Annual report on the working of the lock hospitals in the Central Provinces
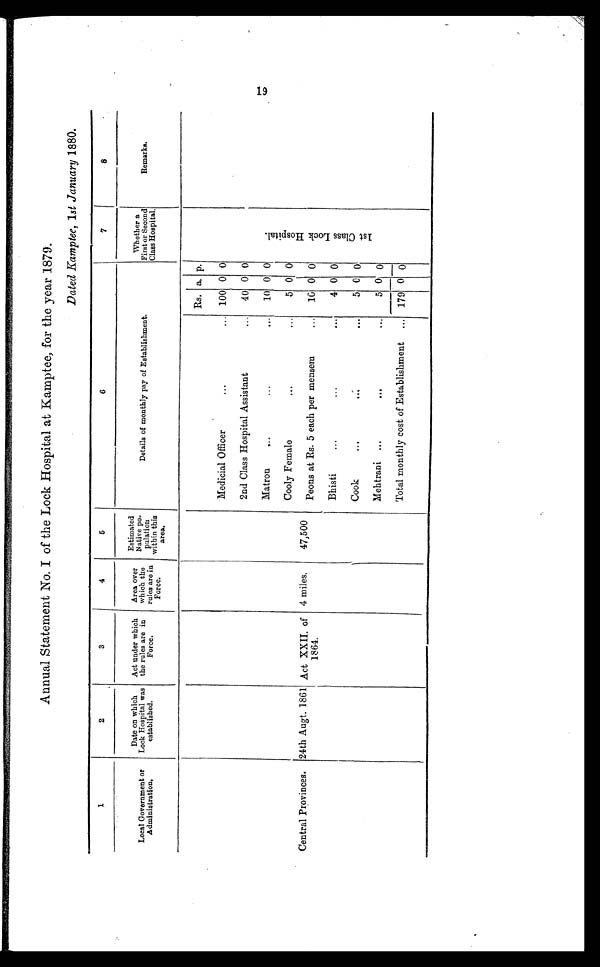
Annual Statement No. I of the Lock Hospital at Kamptee, for the year 1879.
Dated Kamptee, 1st January 1880.
1
2
3
4
5
6
7
8
Local Government or
A dministration,
Date on which
Lock Hospital was
established.
Act under which
the rules are in
Force.
Area over
which the
rules are in
Force.
Estimated
Na Native po-
pulation
within this
area.
Details of monthly pay of Establishment.
Whether a
First or Second
Class Hospital.
Remarks.
Rs. a. p.
Medicial Officer
• • •
. • •
100 0 0
2nd Class Hospital Assistant
...
40 0 0
...
Matron
...
...
10 0 0
1 s t C l a s s L o c k H o s p i t a l .
Cooly Female
...
.
•
•
5 0 0
Central Provinces. 24th Augt. 1861 Act XXII, of
1864.
4 miles.
47,500
Peons at Rs. 5 each per mensem
...
10 0 0
Bhisti
...
... ••
...
4 0 0
Cook
...
...
...
5 0 0
Mehtrani ...
. . . ••.
5 0 0
czwiagesa
v.'
Total monthly cost of Establishment
... 179 0 0
19.